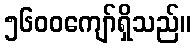
၅၆၀၀ကျော်ရှိသည်။